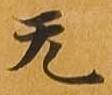
无